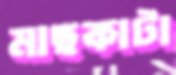
মাছকাটা